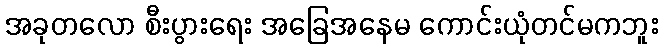
အခုတလော စီးပွားရေး အခြေအနေမ ကောင်းယုံတင်မကဘူး